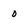
Character: 0